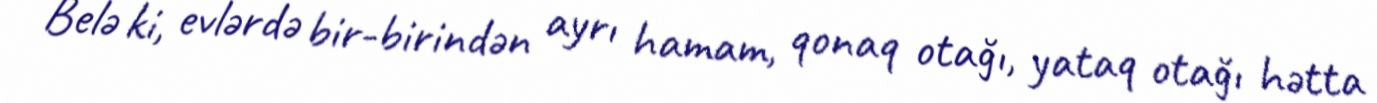
Belə ki, evlərdə bir-birindən ayrı hamam, qonaq otağı, yataq otağı hətta